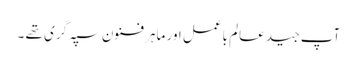
آپ جید عالم باعمل اور ماہر فنون سپہ گری تھے ۔